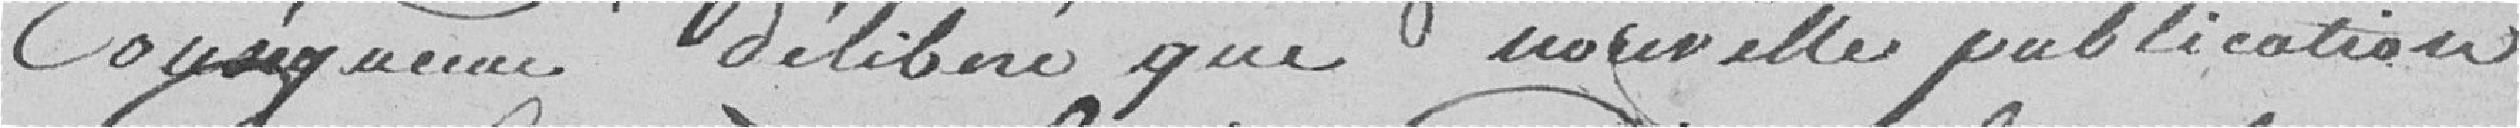
conséquence délibéré que nouvelle publication